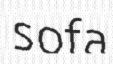
sofa